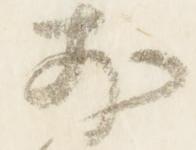
前